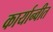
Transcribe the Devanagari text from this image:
कार्यान्‍वीत